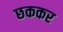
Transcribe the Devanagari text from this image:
छककर